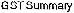
GST SUMMARY